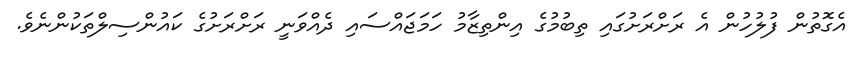
އެގޮތުން ފުލުހުން އެ ރަށްރަށުގައި ތިބުމުގެ އިންތިޒާމު ހަމަޖައްސައި ދެއްވަނީ ރަށްރަށުގެ ކައުންސިލްތަކުންނެވެ.